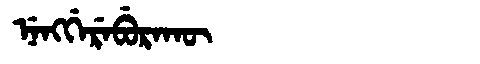
Manchu: ᠨᡝᠩᡤᡝᡵᡝᠪᡠᡵᠠᡴᡡ
Romanization: NENGGEREBURAKŪ